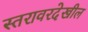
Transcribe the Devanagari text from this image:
स्तरावरदेखील